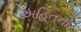
અહિતનો